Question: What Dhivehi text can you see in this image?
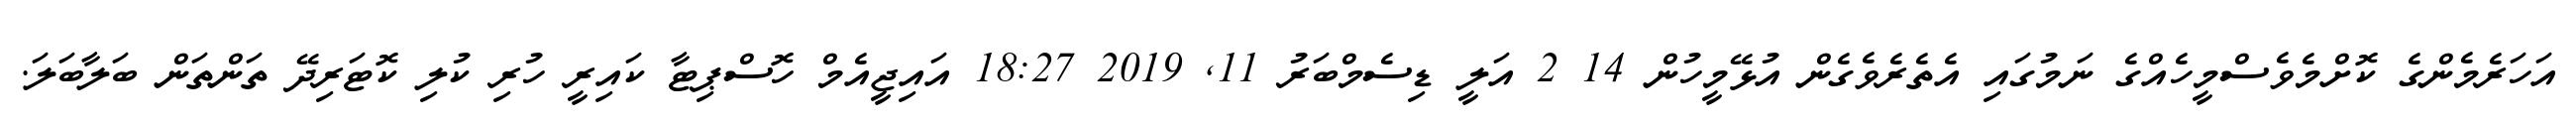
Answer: އަހަރެމެންގެ ކޮށްމެވެސްމީހެއްގެ ނަމުގައި އެތެރެވެގެން އުޅޭމީހުން 14 2 އަލީ ޑިސެމްބަރު 11, 2019 18:27 އައިޖީއެމް ހޮސްޕިޓާ ކައިރީ ހުރި ކުލި ކޮޓަރިދޭ ތަންތަން ބަލާބަލަ.